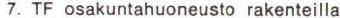
7. TF osakuntahuoneusto rakenteilla